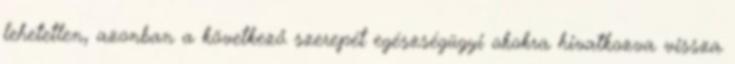
lehetetlen, azonban a következő szerepét egészségügyi okokra hivatkozva vissza